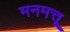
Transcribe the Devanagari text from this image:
मनमत्तू